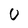
Character: 0